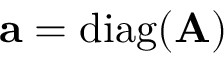
\mathbf { a } = \mathrm { d i a g } ( \mathbf { A } )